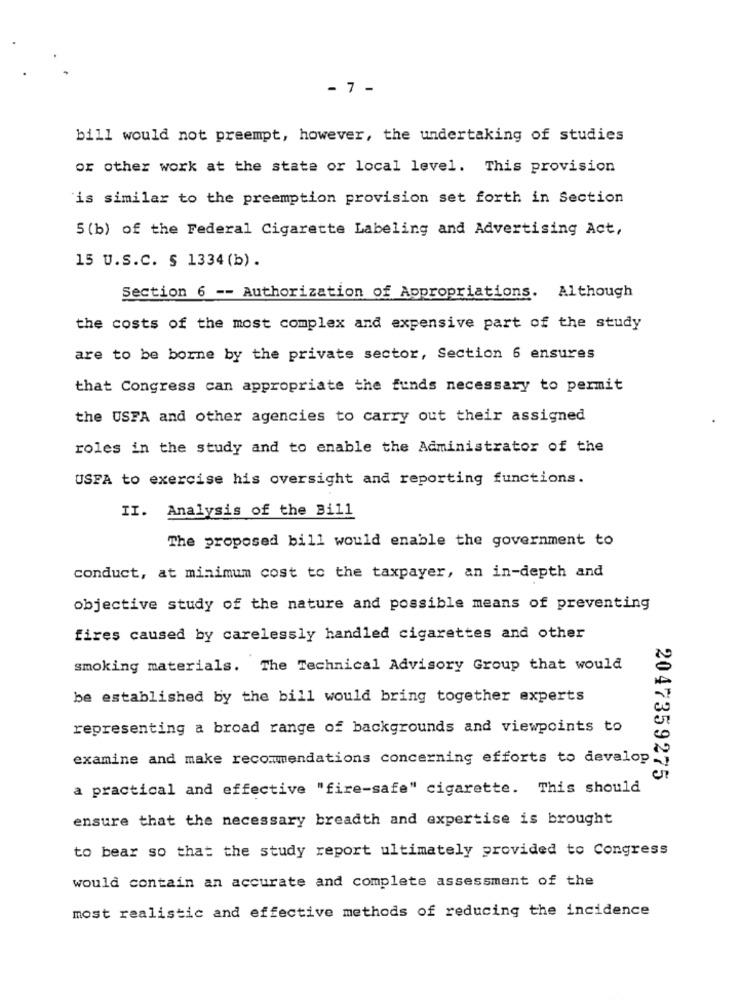
- 7 -
bill would not preempt, however, the undertaking of studies
or other work at the state or local level. This provision
is similar to the preemption provision set forth in Section
5 (b) of the Federal Cigarette Labeling and Advertising Act,
15 U.S.C. § 1334 (b).
Section 6 -- Authorization of Appropriations. Although
the costs of the most complex and expensive part of the study
are to be borne by the private sector, Section 6 ensures
that Congress can appropriate the funds necessary to permit
the USFA and other agencies to carry out their assigned
roles in the study and to enable the Administrator of the
USFA to exercise his oversight and reporting functions.
II. Analysis of the Bill
The proposed bill would enable the government to
conduct, at minimum cost to the taxpayer, an in-depth and
objective study of the nature and possible means of preventing
fires caused by carelessly handled cigarettes and other
smoking materials. The Technical Advisory Group that would
be established by the bill would bring together experts
representing a broad range of backgrounds and viewpoints to
examine and make recommendations concerning efforts to develop.
2047359275
a practical and effective "fire-safe" cigarette. This should
ensure that the necessary breadth and expertise is brought
to bear so that the study report ultimately provided to Congress
would contain an accurate and complete assessment of the
most realistic and effective methods of reducing the incidence